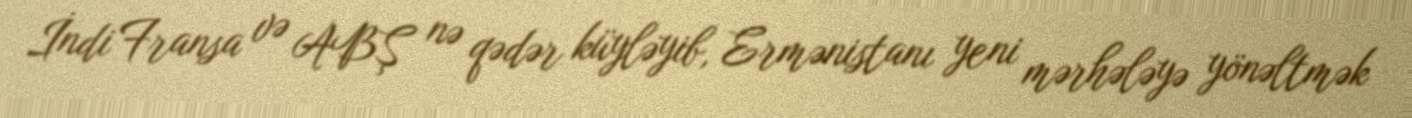
İndi Fransa və ABŞ nə qədər küyləyib, Ermənistanı yeni mərhələyə yönəltmək